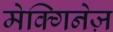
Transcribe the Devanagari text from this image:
मेक्गिनेज़